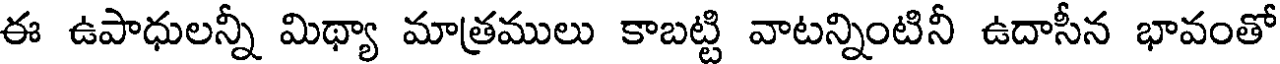
ఈ ఉపాధులన్నీ మిథ్యా మాత్రములు కాబట్టి వాటన్నింటినీ ఉదాసీన భావంతో